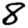
Digit: 8